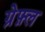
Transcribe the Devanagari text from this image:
ग्रेफ़्ल